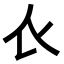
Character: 𧘇